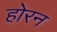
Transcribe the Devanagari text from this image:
होरन